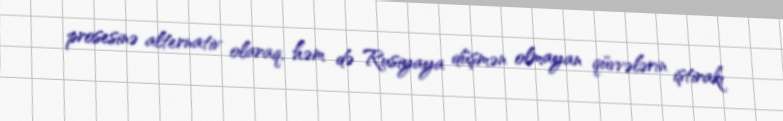
prosesinə alternativ olaraq, həm də Rusiyaya düşmən olmayan qüvvələrin iştirakı